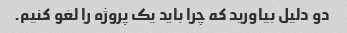
دو دلیل بیاورید که چرا باید یک پروژه را لغو کنیم.